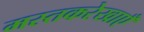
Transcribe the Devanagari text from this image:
मस्तकरेखाएँ